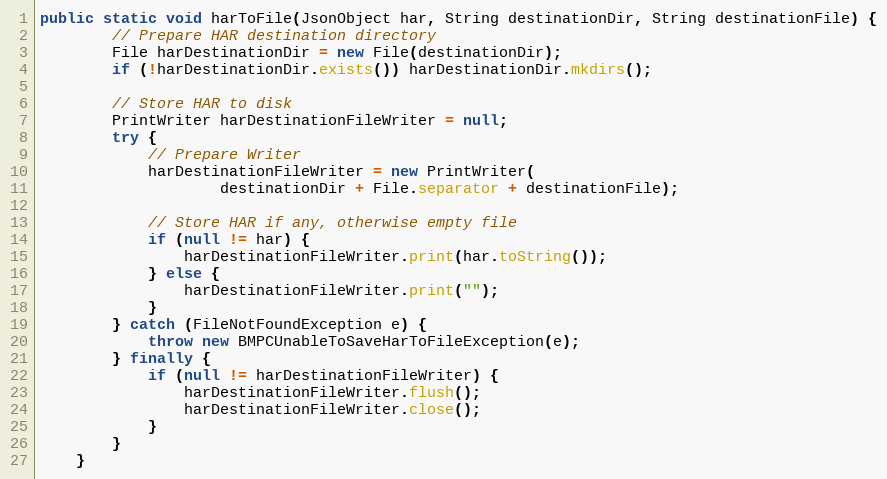
Language: Java
public static void harToFile(JsonObject har, String destinationDir, String destinationFile) {
        // Prepare HAR destination directory
        File harDestinationDir = new File(destinationDir);
        if (!harDestinationDir.exists()) harDestinationDir.mkdirs();

        // Store HAR to disk
        PrintWriter harDestinationFileWriter = null;
        try {
            // Prepare Writer
            harDestinationFileWriter = new PrintWriter(
                    destinationDir + File.separator + destinationFile);

            // Store HAR if any, otherwise empty file
            if (null != har) {
                harDestinationFileWriter.print(har.toString());
            } else {
                harDestinationFileWriter.print("");
            }
        } catch (FileNotFoundException e) {
            throw new BMPCUnableToSaveHarToFileException(e);
        } finally {
            if (null != harDestinationFileWriter) {
                harDestinationFileWriter.flush();
                harDestinationFileWriter.close();
            }
        }
    }